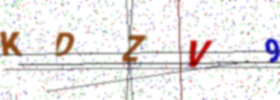
Text: KDZV9